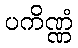
ပကိဏ္ဏံ